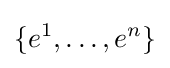
\{e^{1},\ldots ,e^{n}\}